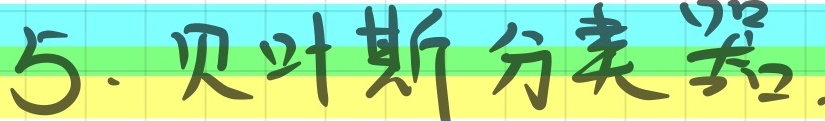
5. 贝叶斯分类器